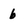
Character: 6